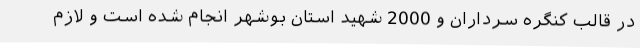
در قالب کنگره سرداران و 2000 شهید استان بوشهر انجام شده است و لازم